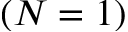
( N = 1 )